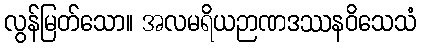
လွန်မြတ်သော။ အလမရိယဉာဏဒဿနဝိသေသံ